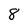
Character: 8